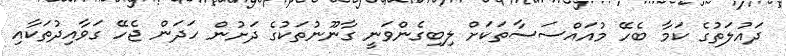
ދައުލަތުގެ ކަމާ ބެހޭ މުއައްސަސާތަކަށް ލިބިގެންވަނީ ގާނޫނުތަކުގެ ދަށުން ހަދަން ޖެހޭ ގަވާއިދުތަކާއި